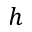
h